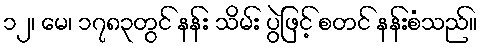
၁၂၊ မေ၊ ၁၇၈၃တွင် နန်း သိမ်း ပွဲဖြင့် စတင် နန်းစံသည်။